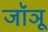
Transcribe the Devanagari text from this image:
जॉञू